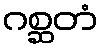
ဂစ္ဆတံ